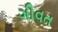
ગીવત